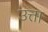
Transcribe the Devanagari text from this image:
उत्ता